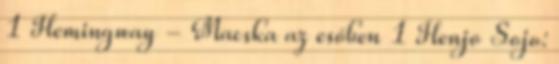
1 Hemingway - Macska az esőben 1 Henjo Sojo: